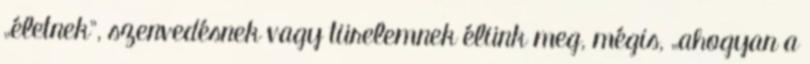
„életnek”, szenvedésnek vagy türelemnek élünk meg, mégis, „ahogyan a